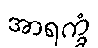
အာရက္ခံ